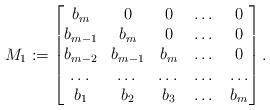
LaTeX: \begin{align*}M_1:=\begin{bmatrix}b_m&0&0&\dots&0\\ b_{m-1}&b_m&0&\dots&0\\ b_{m-2}&b_{m-1}&b_m&\dots&0\\\dots&\dots&\dots&\dots&\dots\\b_1&b_2&b_3&\dots&b_m\end{bmatrix}.\end{align*}